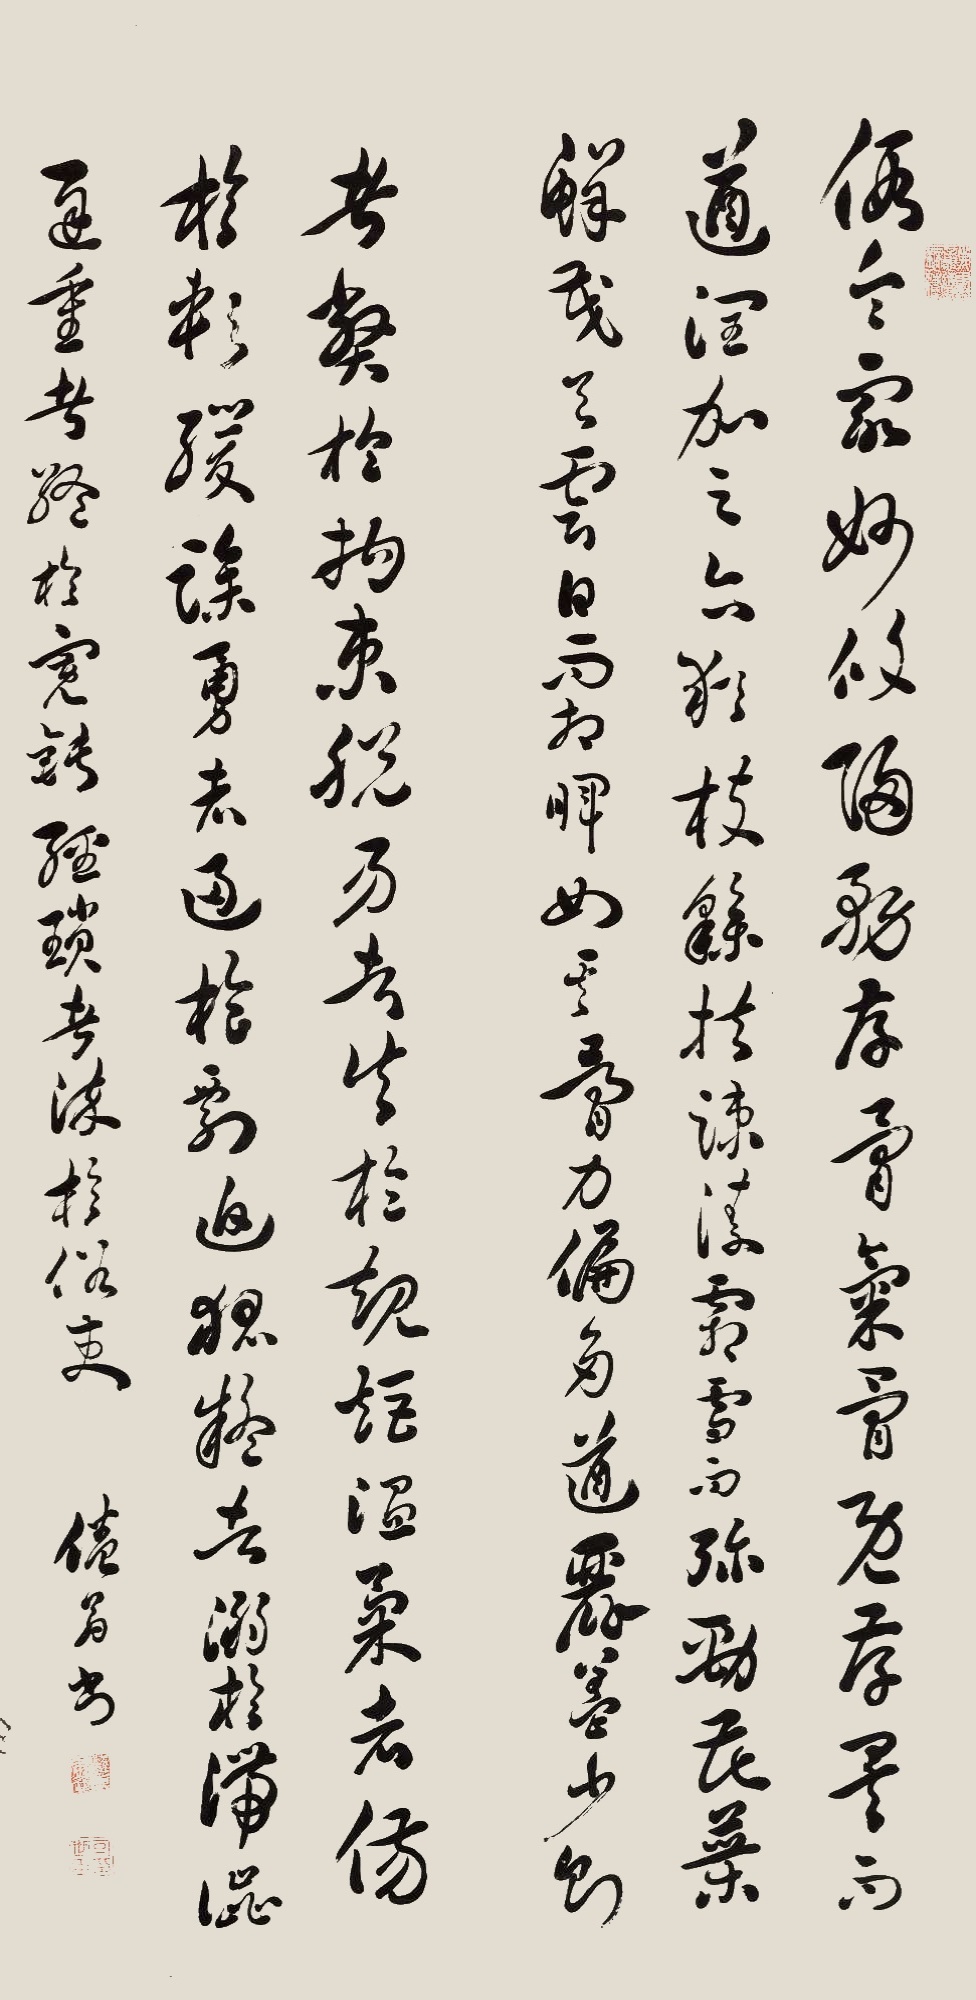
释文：假令众妙攸归，务存骨气；骨既存矣，而遒润加之。亦犹枝干扶疏，凌霜雪而弥劲，花叶鲜茂，与云日而相晖。如其骨力偏多，遒丽盖少；则。者弊于拘束，脱易者失于规矩，温柔者伤于软缓，躁勇者过于剽迫，狐疑者溺于滞涩，迟重者终于蹇钝，轻琐者淬于俗吏。倦翁书。